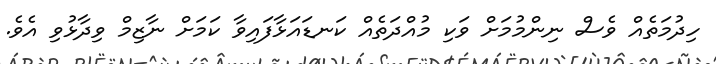
ހިދުމަތެއް ވެސް ނިންމުމަށް ވަކި މުއްދަތެއް ކަނޑައަޅާފައިވާ ކަމަށް ނާޒިމް ވިދާޅުވި އެވެ.